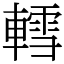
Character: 轌